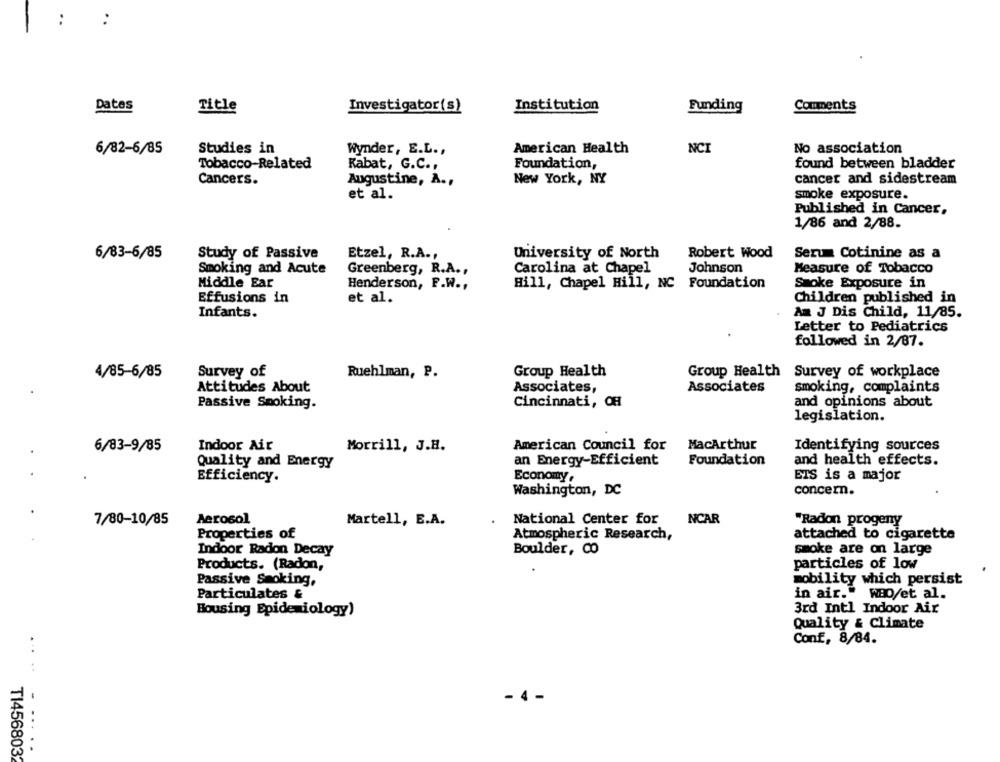
Dates
Title
Investigator(s)
Institution
Funding
Comments
6/82-6/85
Studies in
Wynder, E.L .,
American Health
NCI
No association
Tobacco-Related
Rabat, G.C .,
Foundation,
found between bladder
Cancers.
Augustine, A .,
New York, NY
cancer and sidestream
et al.
smoke exposure.
Published in Cancer.
1/86 and 2/88.
6/83-6/85
Study of Passive
Etzel, R.A .,
University of North
Robert Wood
Serum Cotinine as a
Smoking and Acute
Greenberg, R.A .,
Carolina at Chapel
Johnson
Measure of Tobacco
Middle Ear
Henderson, F.W .,
Hill, Chapel Hill, NC Foundation
Smoke Exposure in
Effusions in
et al.
Children published in
Am J Dis Child, 11/85.
Infants.
Letter to Pediatrics
followed in 2/87.
Survey of
Group Health
Group Health Survey of workplace
4/85-6/85
Ruehlman, P.
Attitudes About
Associates,
Associates
smoking, complaints
Passive Smoking.
Cincinnati, CH
and opinions about
legislation.
6/83-9/85
Indoor Air
Morrill, J.H.
American Council for
MacArthur
Identifying sources
Quality and Energy
an Energy-Efficient
Foundation
and health effects.
Efficiency.
Economy,
EIS is a major
Washington, DC
concern.
7/80-10/85
Aerosol
Martell, E.A.
National Center for
NCAR
"Radon progeny
Properties of
Atmospheric Research,
attached to cigarette
Indoor Radon Decay
Boulder, CO
smoke are on large
particles of low
Products. (Radon,
mobility which persist
Passive Smoking,
Particulates &
in air." WBO/et al.
3rd Intl Indoor Air
Housing Epidemiology)
Quality & Climate
Conf, 8/84.
.....
- 4 -
... ..
TI4568032